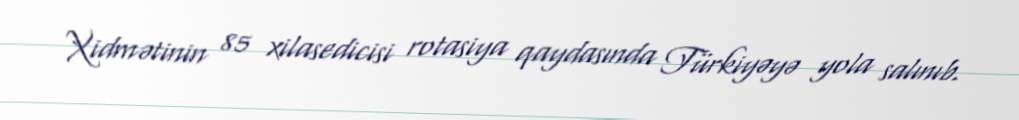
Xidmətinin 85 xilasedicisi rotasiya qaydasında Türkiyəyə yola salınıb.